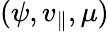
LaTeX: (\psi,v_{\parallel},\mu)